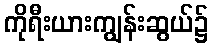
ကိုရီးယားကျွန်းဆွယ်၌